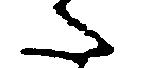
た